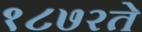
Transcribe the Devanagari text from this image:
१८७२ते